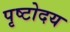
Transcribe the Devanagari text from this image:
पृष्टोदय